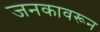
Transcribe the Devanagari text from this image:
जनकावरून